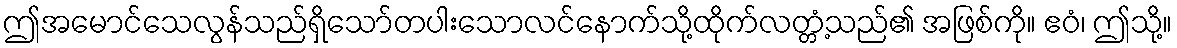
ဤအမောင်သေလွန်သည်ရှိသော်တပါးသောလင်နောက်သို့ထိုက်လတ္တံ့သည်၏ အဖြစ်ကို။ ဧဝံ၊ ဤသို့။